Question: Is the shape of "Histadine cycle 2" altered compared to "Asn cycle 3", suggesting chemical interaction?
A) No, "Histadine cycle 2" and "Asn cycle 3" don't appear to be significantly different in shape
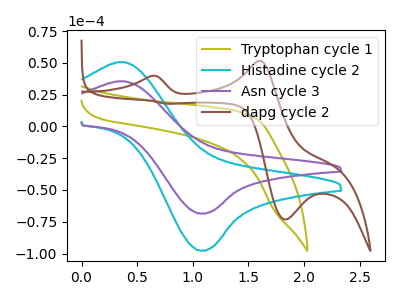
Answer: <think>The olive curve "Tryptophan cycle 1" has no peaks. The cyan curve "Histadine cycle 2" has an anodic peak at (0.40V, 50.40uA) and a cathodic peak at (1.10V, -97.65uA). The purple curve "Asn cycle 3" has an anodic peak at (0.40V, 35.35uA) and a cathodic peak at (1.10V, -68.55uA). The brown curve "dapg cycle 2" has anodic peaks at (0.65V, 39.65uA) (1.60V, 51.55uA) and cathodic peaks at (1.85V, -73.25uA) (0.80V, 17.75uA).
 All the peaks in "Histadine cycle 2" have a peak in "Asn cycle 3" at the same potential. Every peak in "Histadine cycle 2" is higher than every peak in "Asn cycle 3".</think>
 <answer>A) No, "Histadine cycle 2" and "Asn cycle 3" don't appear to be significantly different in shape</answer>
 <eval>A</eval>